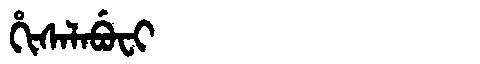
Manchu: ᡥᡳᠰᠠᠯᠠᠪᡠᠸᡳ
Romanization: HISALABUFI